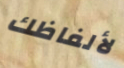
لألفاظك